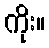
ကိုး။